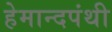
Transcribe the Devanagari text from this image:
हेमान्दपंथी